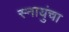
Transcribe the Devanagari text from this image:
स्नायुंचा